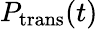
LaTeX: P_{\mathrm{trans}}(t)